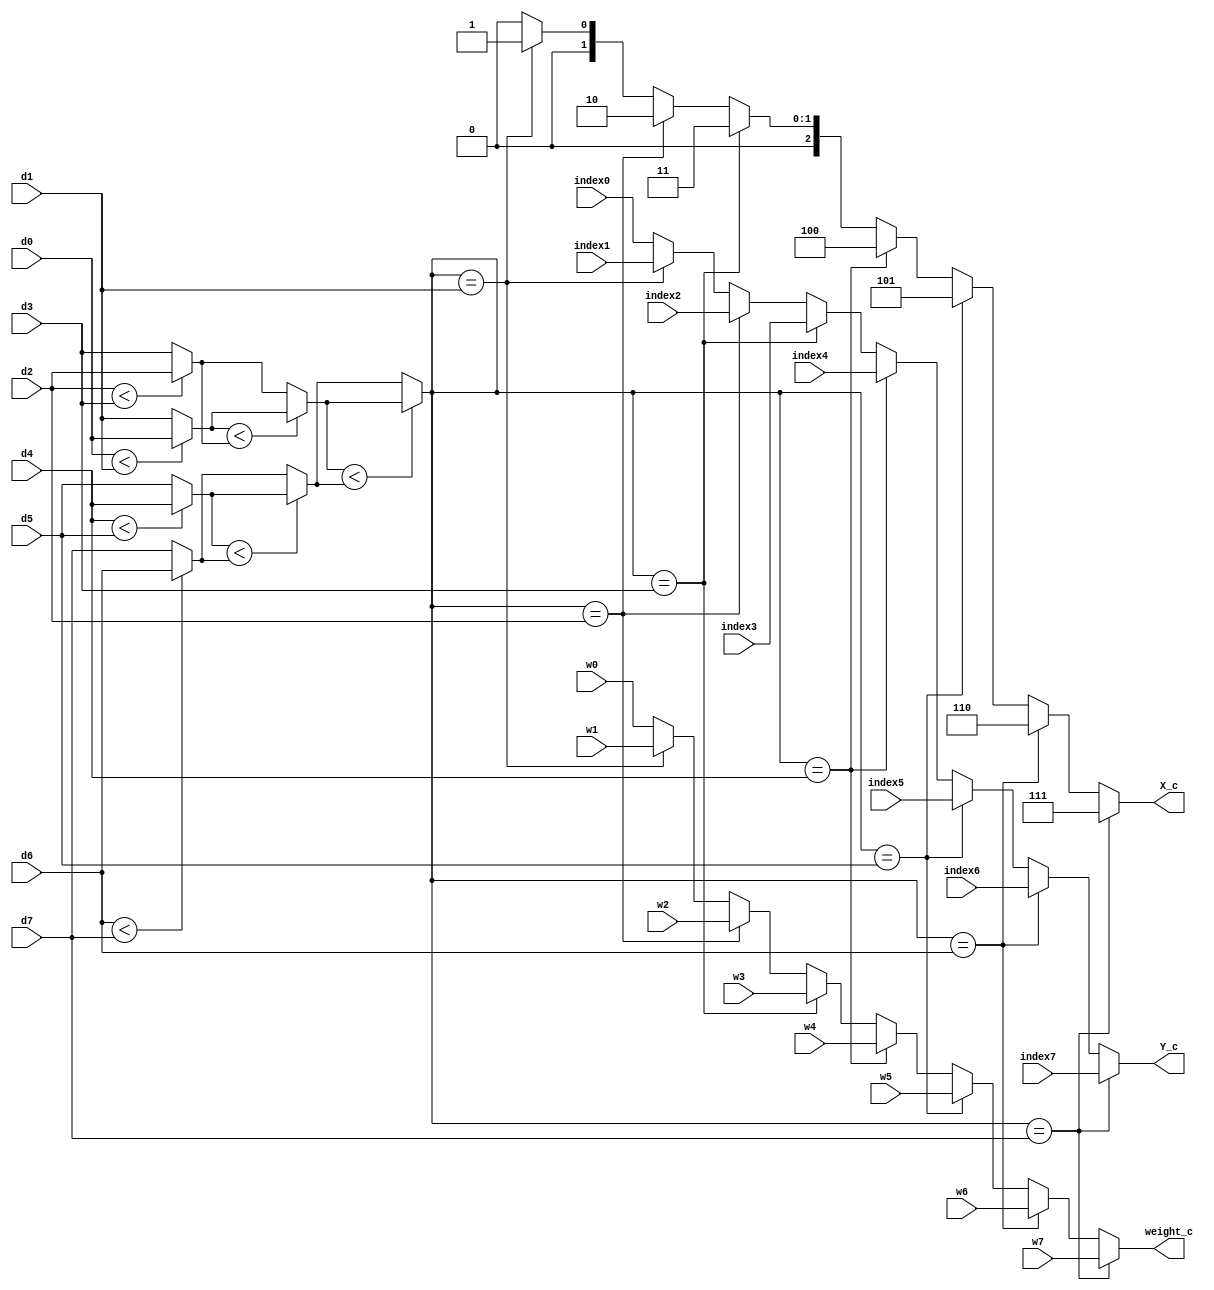
/////////////////////////////////////////////////////////////////////
// ---------------------- IVCAD 2022 Spring ---------------------- //
// ---------------------- Version : v.1.10  ---------------------- //
// ---------------------- Date : 2022.04.13 ---------------------- //
// ------------------------ MIN_2 module --------------------------//
// ----------------- Feb. 2022 Willie authored --------------------//
/////////////////////////////////////////////////////////////////////

module MIN_2(d0,d1,d2,d3,d4,d5,d6,d7,w0,w1,w2,w3,w4,w5,w6,w7,index0,index1,index2,index3,index4,index5,index6,index7,X_c,Y_c,weight_c);		//clk,rst,

// ---------------------- input  ---------------------- //
	//input clk;
	//input rst;
	input [9:0] d0;
	input [9:0] d1;
	input [9:0] d2;
	input [9:0] d3;
	input [9:0] d4;
	input [9:0] d5;
	input [9:0] d6;
	input [9:0] d7;
	input [23:0] w0;
	input [23:0] w1;
	input [23:0] w2;
	input [23:0] w3;
	input [23:0] w4;
	input [23:0] w5;
	input [23:0] w6;
	input [23:0] w7;
	input [2:0] index0;
	input [2:0] index1;
	input [2:0] index2;
	input [2:0] index3;
	input [2:0] index4;
	input [2:0] index5;
	input [2:0] index6;
	input [2:0] index7;
// ---------------------- output  ---------------------- //
	output  [2:0] X_c;
	output  [2:0] Y_c;
	output  [23:0] weight_c;
	
// ---------------------- Write down Your design below  ---------------------- //
  	wire [9:0] m1,m2,m3,m4,m5,m6;
	wire [9:0] d_min;


	//combinational
	assign m1 = (d0<d1) ? d0 : d1;
  	assign m2 = (d2<d3) ? d2 : d3;
  	assign m3 = (d4<d5) ? d4 : d5;
  	assign m4 = (d6<d7) ? d6 : d7;
  	assign m5 = (m1<m2) ? m1 : m2;
  	assign m6 = (m3<m4) ? m3 : m4;
  	assign d_min = (m5<m6) ? m5 : m6;

	//XY corodinate
  	assign X_c =	(d_min==d7) ? 3'd7 :
                    (d_min==d6) ? 3'd6 :
                    (d_min==d5) ? 3'd5 :
                    (d_min==d4) ? 3'd4 :
                    (d_min==d3) ? 3'd3 :
                    (d_min==d2) ? 3'd2 :
                    (d_min==d1) ? 3'd1 : 3'd0;
					
	assign Y_c =    (d_min==d7) ? index7 :
                    (d_min==d6) ? index6 :
                    (d_min==d5) ? index5 :
                    (d_min==d4) ? index4 :
                    (d_min==d3) ? index3 :
                    (d_min==d2) ? index2 :
                    (d_min==d1) ? index1 : index0;	

  	assign weight_c= (d_min==d7) ? w7 :
                     (d_min==d6) ? w6 :
                     (d_min==d5) ? w5 :
                     (d_min==d4) ? w4 :
                     (d_min==d3) ? w3 :
                     (d_min==d2) ? w2 :
                     (d_min==d1) ? w1 : w0;	
					 

endmodule